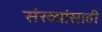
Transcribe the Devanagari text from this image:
संख्यांसाठी